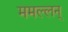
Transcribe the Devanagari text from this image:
ममल्लन्